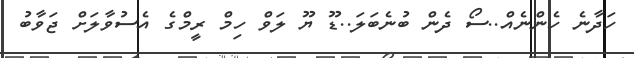
ހަދާނެ ހެންނެއް..ސޯ ދެން ބުނެބަލަ..ޑޫ ޔޫ ލަވް ހިމް ރީމްގެ އެސުވާލަށް ޖަވާބު